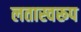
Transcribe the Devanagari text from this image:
लतास्वरूप